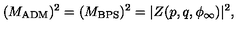
( M _ { \mathrm { A D M } } ) ^ { 2 } = ( M _ { \mathrm { B P S } } ) ^ { 2 } = | Z ( p , q , \phi _ { \infty } ) | ^ { 2 } ,